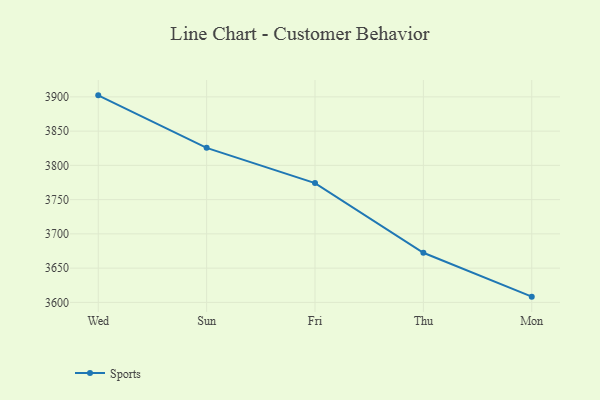
{"axis": {"x": "Day", "y": "Revenue (USD Million)"}, "legend": ["Sports"], "data": [{"x": "Wed", "y": 3902.2, "type": "Sports"}, {"x": "Sun", "y": 3825.6, "type": "Sports"}, {"x": "Fri", "y": 3774.1, "type": "Sports"}, {"x": "Thu", "y": 3672.4, "type": "Sports"}, {"x": "Mon", "y": 3608.4, "type": "Sports"}]}